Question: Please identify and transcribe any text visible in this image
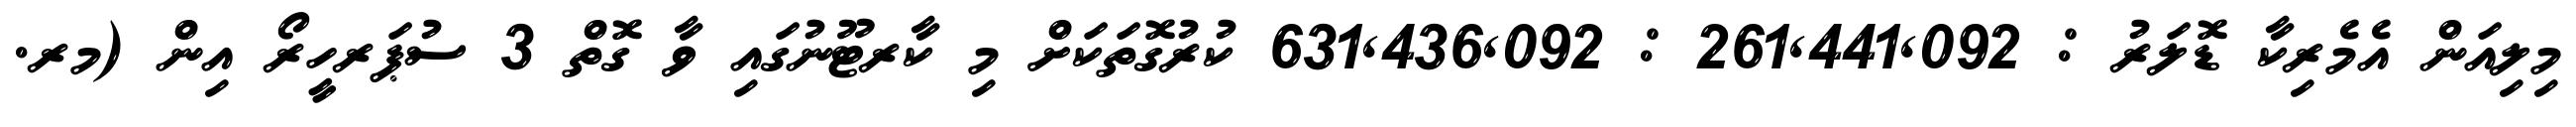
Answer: މިލިއަން އެމެރިކާ ޑޮލަރު : 261,441,092 : 631,436,092 ކުރުގޮތަކަށް މި ކާރޓޫނުގައި ވާ ގޮތް 3 ސުޕަރހީރޯ އިން (މރ.